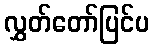
လွှတ်တော်ပြင်ပ